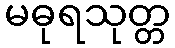
မဓုရသုတ္တ